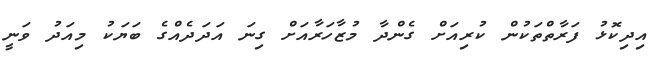
އިދިކޮޅު ފަރާތްތަކުން ކުރިއަށް ގެންދާ މުޒާހަރާއަށް ގިނަ އަދަދެއްގެ ބަޔަކު މިއަދު ވަނީ